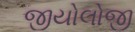
જીયોલોજી